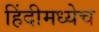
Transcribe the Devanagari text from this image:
हिंदीमध्येच